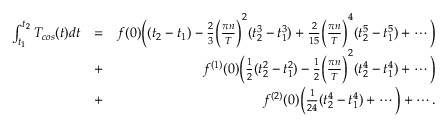
\begin{array} { r l r } { \int _ { t _ { 1 } } ^ { t _ { 2 } } T _ { c o s } ( t ) d t } & { = } & { f ( 0 ) \bigg ( ( t _ { 2 } - t _ { 1 } ) - \frac { 2 } { 3 } \bigg ( \frac { \pi n } { T } \bigg ) ^ { 2 } ( t _ { 2 } ^ { 3 } - t _ { 1 } ^ { 3 } ) + \frac { 2 } { 1 5 } \bigg ( \frac { \pi n } { T } \bigg ) ^ { 4 } ( t _ { 2 } ^ { 5 } - t _ { 1 } ^ { 5 } ) + \cdots \bigg ) } \\ & { + } & { f ^ { ( 1 ) } ( 0 ) \bigg ( \frac { 1 } { 2 } ( t _ { 2 } ^ { 2 } - t _ { 1 } ^ { 2 } ) - \frac { 1 } { 2 } \bigg ( \frac { \pi n } { T } \bigg ) ^ { 2 } ( t _ { 2 } ^ { 4 } - t _ { 1 } ^ { 4 } ) + \cdots \bigg ) } \\ & { + } & { f ^ { ( 2 ) } ( 0 ) \bigg ( \frac { 1 } { 2 4 } ( t _ { 2 } ^ { 4 } - t _ { 1 } ^ { 4 } ) + \cdots \bigg ) + \cdots . } \end{array}